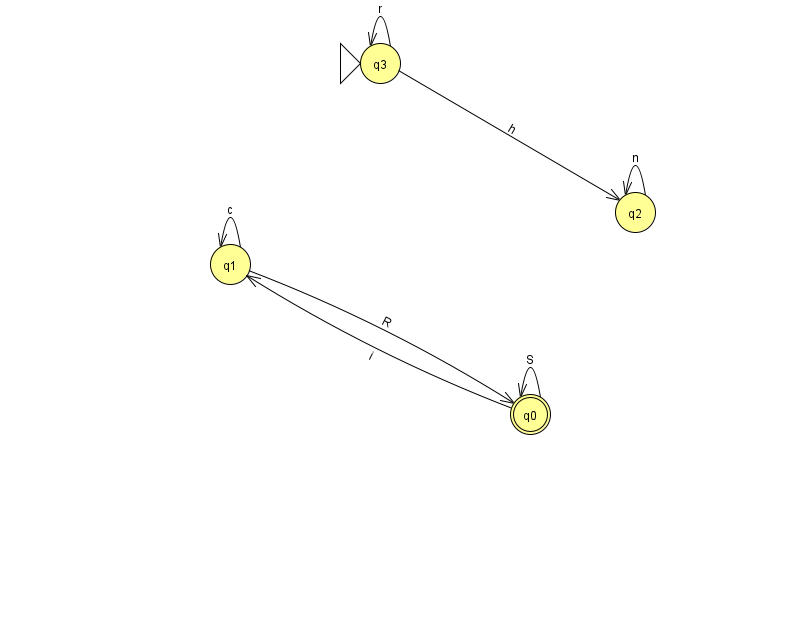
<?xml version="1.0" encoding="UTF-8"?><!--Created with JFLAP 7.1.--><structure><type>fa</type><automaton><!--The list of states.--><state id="0" name="q0"><x>530.0</x><y>401.0</y><final/></state><state id="1" name="q1"><x>230.0</x><y>251.0</y></state><state id="2" name="q2"><x>635.0</x><y>199.0</y></state><state id="3" name="q3"><x>380.0</x><y>50.0</y><initial/></state><!--The list of transitions.--><transition><from>0</from><to>1</to><read>i</read></transition><transition><from>3</from><to>2</to><read>h</read></transition><transition><from>3</from><to>3</to><read>r</read></transition><transition><from>0</from><to>0</to><read>S</read></transition><transition><from>1</from><to>1</to><read>c</read></transition><transition><from>1</from><to>0</to><read>R</read></transition><transition><from>2</from><to>2</to><read>n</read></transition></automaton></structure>